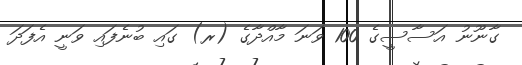
ގާނޫނު އަސާސީގެ 100 ވަނަ މާއްދާގެ (ރ) ގައި ބުނެފައި ވަނީ އެފަދަ